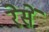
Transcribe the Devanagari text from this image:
रेसें